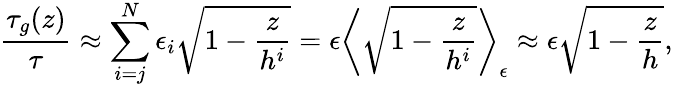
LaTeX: \frac{\tau_{g}(z)}{\tau}\approx\sum_{i=j}^{N}\epsilon_{i}\sqrt{1-\frac{z}{h^{i}}}=\epsilon\left\langle\sqrt{1-\frac{z}{h^{i}}}\right\rangle_{\epsilon}\approx\epsilon\sqrt{1-\frac{z}{h}},